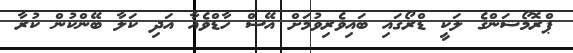
ޕްރޮމޯޝަންގެ ލަކީ ޑްރޯގައި ބައިވެރިވުމަށް އޭސް ހާޑްވެއާ އަދި ކަލާ ބޭންކުން ކުރާ